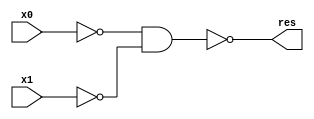
`timescale 1ns / 1ps

module my_or(
    input x0,
    input x1,
    output res
);
    wire not_x0, not_x1;
    nand(not_x0,x0,x0);
    nand(not_x1,x1,x1);
    
    nand(res, not_x0, not_x1);
    
endmodule